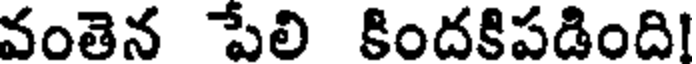
వంతెన పేలి కిందకిపడింది!